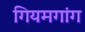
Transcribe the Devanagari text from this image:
गियमगांग